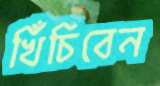
খিঁচিবেন